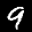
Label: 9